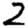
Digit: 2